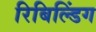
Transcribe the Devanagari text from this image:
रिबिल्डिंग